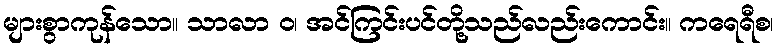
များစွာကုန်သော။ သာလာ ဝ၊ အင်ကြင်းပင်တို့သည်လည်းကောင်း။ ကရေရီစ၊